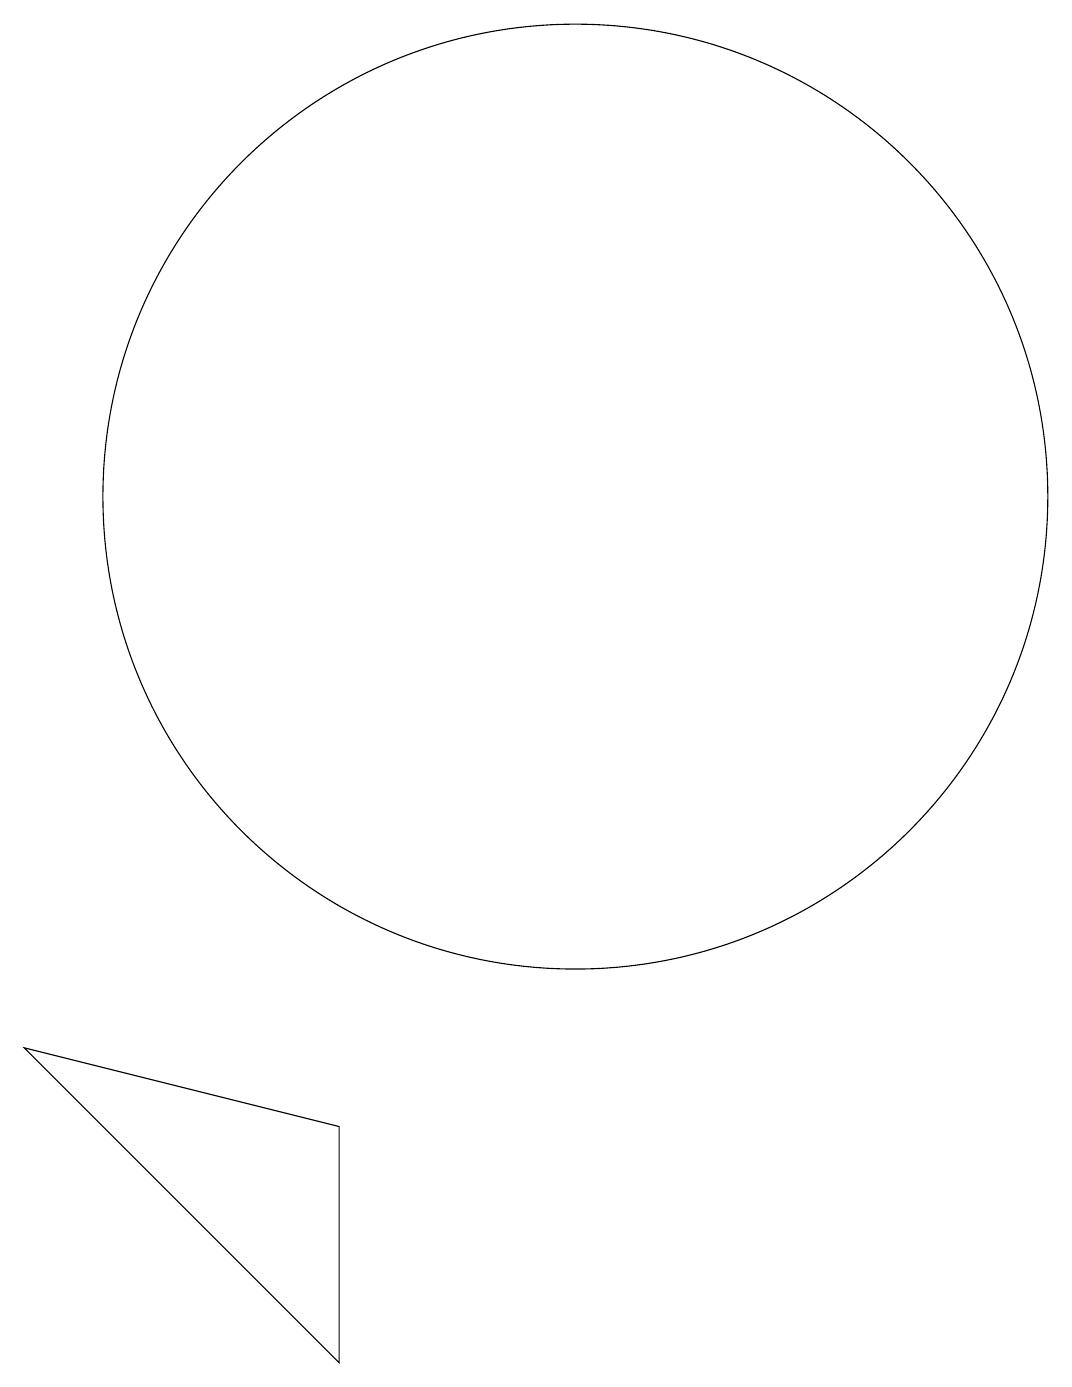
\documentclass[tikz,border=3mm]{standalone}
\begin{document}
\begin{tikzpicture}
\draw (10,11) circle (6);
\draw (10,11) circle (0);
\draw (3,4) -- (7,0) -- (7,3) -- cycle;
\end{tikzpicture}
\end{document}